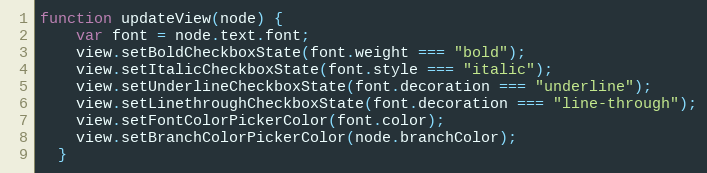
Language: JavaScript
function updateView(node) {
    var font = node.text.font;
    view.setBoldCheckboxState(font.weight === "bold");
    view.setItalicCheckboxState(font.style === "italic");
    view.setUnderlineCheckboxState(font.decoration === "underline");
    view.setLinethroughCheckboxState(font.decoration === "line-through");
    view.setFontColorPickerColor(font.color);
    view.setBranchColorPickerColor(node.branchColor);
  }